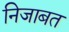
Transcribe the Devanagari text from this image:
निजाबत